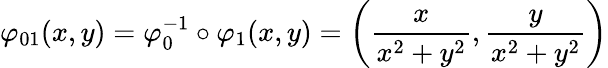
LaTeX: \varphi_{01}(x,y)=\varphi_{0}^{-1}\circ\varphi_{1}(x,y)=\left({\frac{x}{x^{2}+y^{2}}},{\frac{y}{x^{2}+y^{2}}}\right)